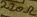
Text: 220Ω